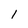
Character: l